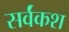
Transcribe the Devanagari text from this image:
सर्वंकश